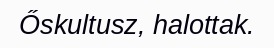
Őskultusz, halottak.